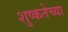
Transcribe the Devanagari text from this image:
शुष्कतेच्या